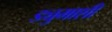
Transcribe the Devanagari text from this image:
ड्युमाशी